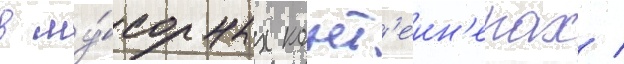
в му́сорных конт'еин'ерах /